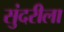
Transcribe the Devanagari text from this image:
सुंदरीला